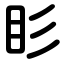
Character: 䀐